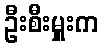
ဦးစီးမှူးက